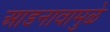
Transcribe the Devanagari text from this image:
आडनावामुळे